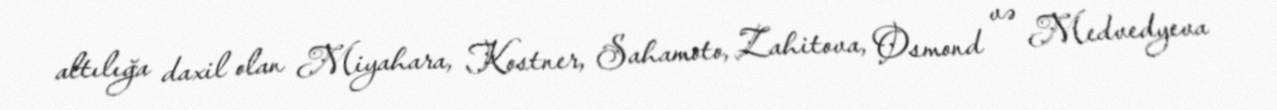
altılığa daxil olan Miyahara, Kostner, Sahamoto, Zahitova, Osmond və Medvedyeva